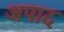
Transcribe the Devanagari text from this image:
अपाद